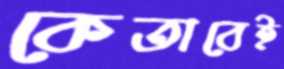
কেতাবেই